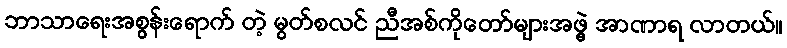
ဘာသာရေးအစွန်းရောက် တဲ့ မွတ်စလင် ညီအစ်ကိုတော်များအဖွဲ့ အာဏာရ လာတယ်။